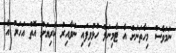
ނަމަވެސް މިހާތަނަށް އެ ޓާމިނަލް ހުޅުވިފައި ނުވާއިރު ކުރިޔަށް އޮތް އަހަރު އެ